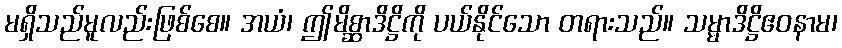
မရှိသည်မူလည်းဖြစ်စေ။ အယံ၊ ဤမိစ္ဆာဒိဋ္ဌိကို ပယ်နိုင်သော တရားသည်။ သမ္မာဒိဋ္ဌိဧဝနာမ၊